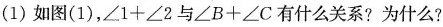
(1)如图(1)，$$∠ 1 + ∠ 2$$与$$∠ B + ∠ C$$ 有什么关系?为什么?